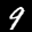
Label: 9